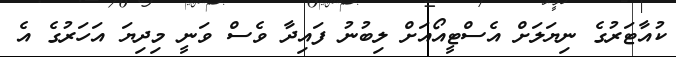
ކުއާޓަރުގެ ނިޔަލަށް އެސްޓީއޯއަށް ލިބުނު ފައިދާ ވެސް ވަނީ މިދިޔަ އަހަރުގެ އެ